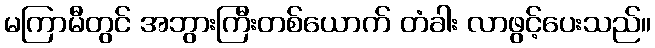
မကြာမီတွင် အဘွားကြီးတစ်ယောက် တံခါး လာဖွင့်ပေးသည်။